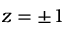
z = \pm 1